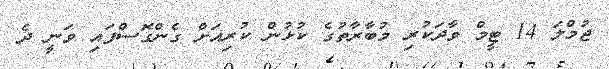
ޖުމްލަ 14 ޓީމް ވާދަކުރި މުބާރާތުގެ ކުޅުން ކުރިއަށް ގެންގޮސްފައި ވަނީ ދެ